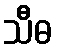
သီဓ